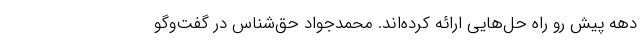
دهه پیش رو راه حل‌هایی ارائه کرده‌اند. محمدجواد حق‌شناس در گفت‌وگو